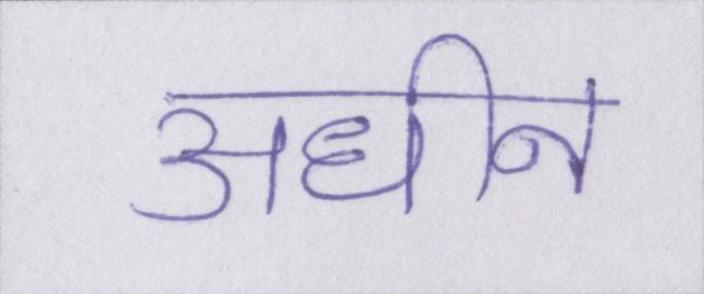
अधीन